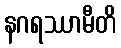
နဂရဿာမီတိ